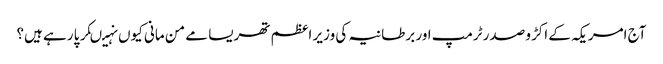
آج امریکہ کے اکڑو صدر ٹرمپ اور برطانیہ کی وزیر اعظم تھریسا مے من مانی کیوں نہیںکر پا رہے ہیں؟